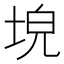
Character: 𡌗